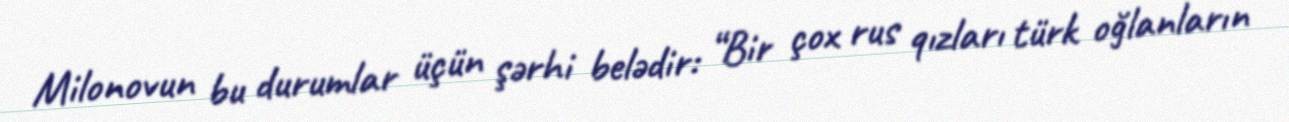
Milonovun bu durumlar üçün şərhi belədir: “Bir çox rus qızları türk oğlanların